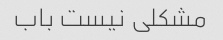
مشکلی نیست باب